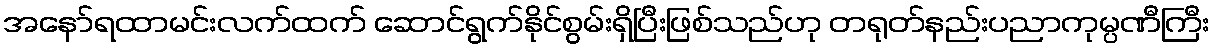
အနော်ရထာမင်းလက်ထက် ဆောင်ရွက်နိုင်စွမ်းရှိပြီးဖြစ်သည်ဟု တရုတ်နည်းပညာကုမ္ပဏီကြီး